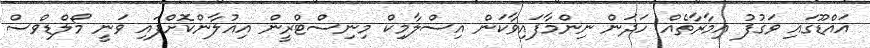
އައްޑޫގައި ވަގުފު އިމާރާތެއް ހަދަން ނިންމާފައިވާކަން އިސްލާމިކް މިނިސްޓްރީން އިއުލާންކޮށްފައި ވަނީ މޯލްޑިވްސް